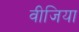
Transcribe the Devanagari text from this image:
वीजिया